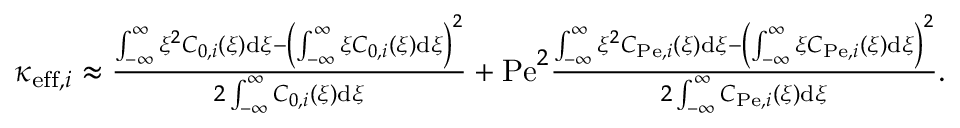
\begin{array} { r l } & { \kappa _ { \mathrm { e f f } , i } \approx \frac { \int _ { - \infty } ^ { \infty } \xi ^ { 2 } C _ { 0 , i } ( \xi ) \mathrm { d } \xi - \left( \int _ { - \infty } ^ { \infty } \xi C _ { 0 , i } ( \xi ) \mathrm { d } \xi \right) ^ { 2 } } { 2 \int _ { - \infty } ^ { \infty } C _ { 0 , i } ( \xi ) \mathrm { d } \xi } + \mathrm { P e } ^ { 2 } \frac { \int _ { - \infty } ^ { \infty } \xi ^ { 2 } C _ { \mathrm { P e } , i } ( \xi ) \mathrm { d } \xi - \left( \int _ { - \infty } ^ { \infty } \xi C _ { \mathrm { P e } , i } ( \xi ) \mathrm { d } \xi \right) ^ { 2 } } { 2 \int _ { - \infty } ^ { \infty } C _ { \mathrm { P e } , i } ( \xi ) \mathrm { d } \xi } . } \end{array}